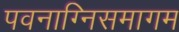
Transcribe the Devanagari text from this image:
पवनाग्निसमागम